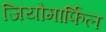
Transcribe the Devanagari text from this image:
जियोमार्फिल